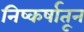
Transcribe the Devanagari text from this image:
निष्कर्षातून